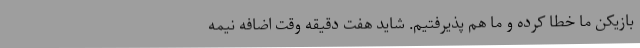
بازیکن ما خطا کرده و ما هم پذیرفتیم. شاید هفت دقیقه وقت اضافه نیمه